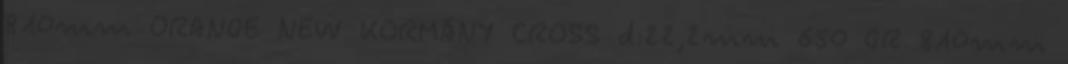
810mm ORANGE NEW KORMÁNY CROSS d:22,2mm 650 GR 810mm